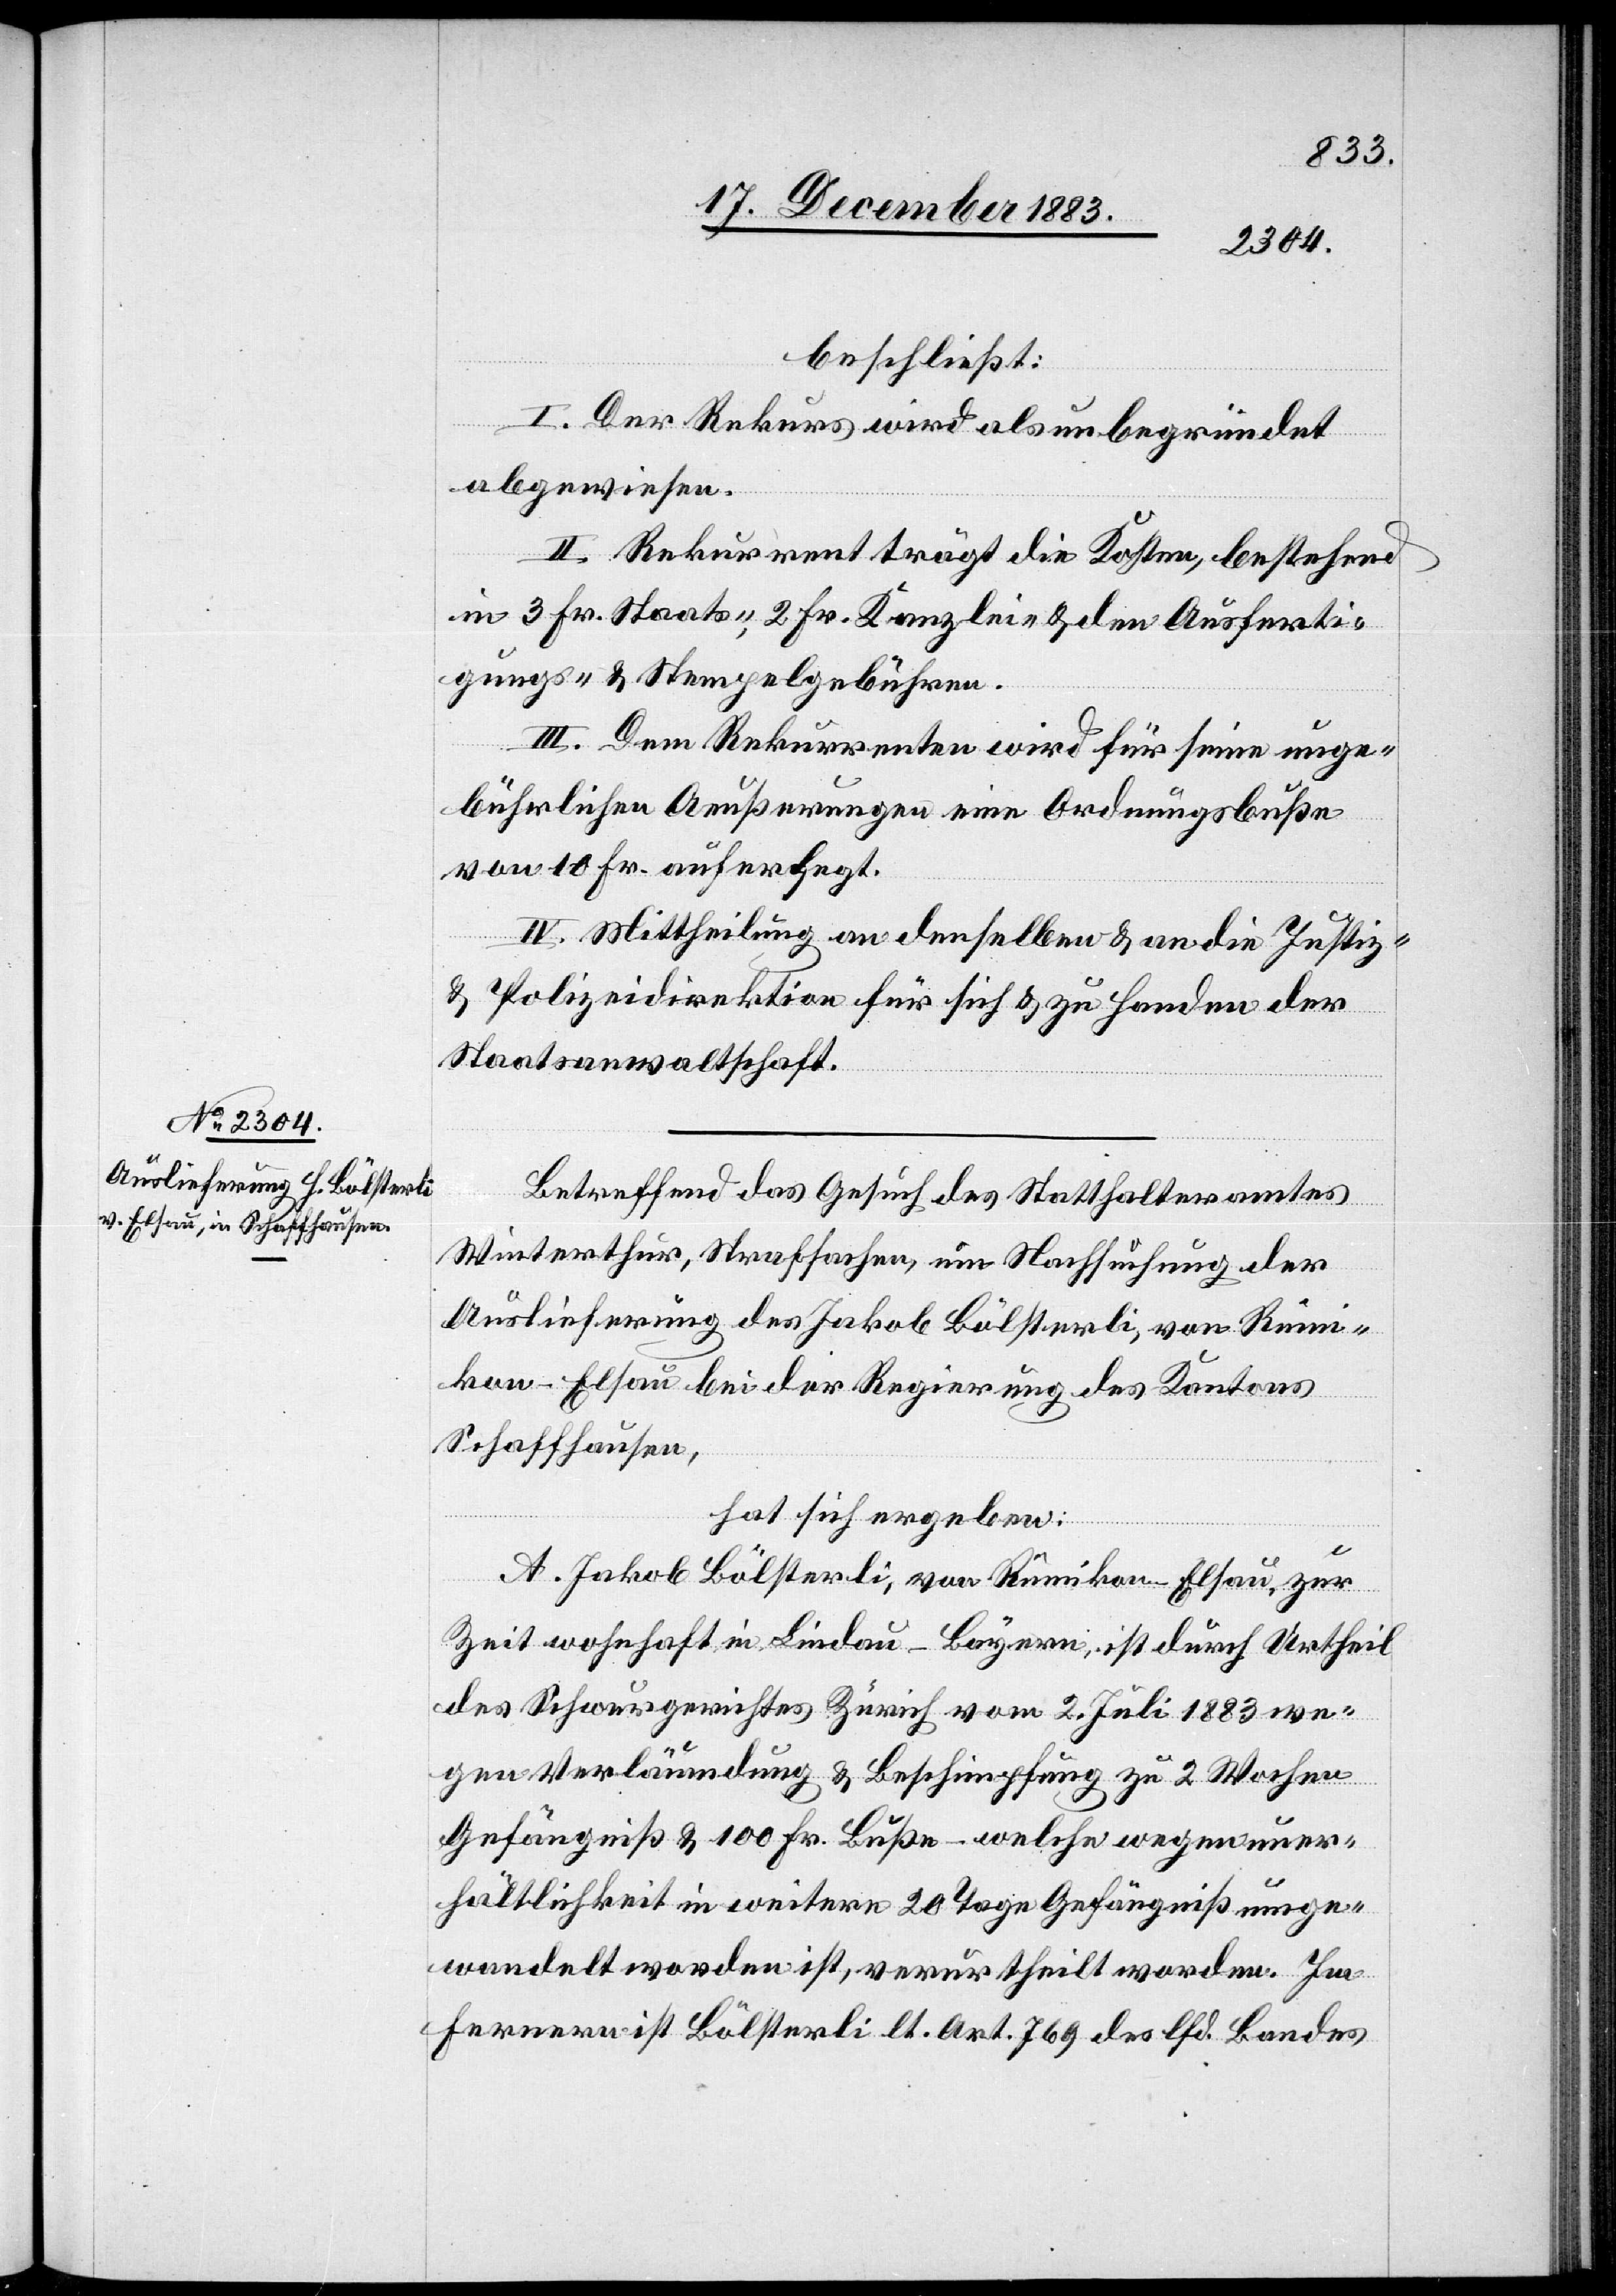
beschließt:
I. Der Rekurs wird als unbegründet
abgewiesen.
II. Rekurrent trägt die Kosten bestehend
in 3 Fr. Staats-, 2 Fr. Kanzlei- & den Ausferti¬
gungs- & Stempelgebühren.
III. Dem Rekurrenten wird für seine unge¬
bührlichen Aeußerungen eine Ordnungsbuße
von 10 Fr. auferlegt.
IV. Mittheilung an denselben & an die Justiz-
& Polizeidirektion für sich & zu Handen der
Staatsanwaltschaft.
Betreffend das Gesuch des Statthalteramtes
Winterthur, Strafsachen, um Nachsuchung der
Auslieferung des Jakob Bölsterli, von Rümi¬
kon - Elsau bei der Regierung des Kantons
Schaffhausen,
hat sich ergeben:
A. Jakob Bölsterli, von Rümikon - Elsau, zur
Zeit wohnhaft in Lindau - Bayern, ist durch Urtheil
des Schwurgerichtes Zürich vom 2. Juli 1883 we¬
gen Verläumdung & Beschimpfung zu 2 Wochen
Gefängniß & 100 Fr. Buße – welche wegen uner¬
hältlichkeit [sic!] in weitere 20 Tage Gefängniß umge¬
wandelt worden ist, verurtheilt worden. Im
Fernern ist Bölsterli lt. Art. 769 des lfd. Bandes